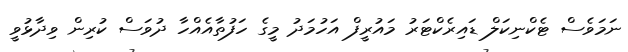
ނަމަވެސް ޓެކްނިކަލް ޑައިރެކްޓަރު މައުރީފް އަހުމަދު މީގެ ހަފުތާއެއްހާ ދުވަސް ކުރިން ވިދާޅުވީ